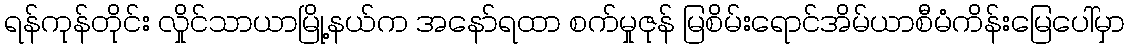
ရန်ကုန်တိုင်း လှိုင်သာယာမြို့နယ်က အနော်ရထာ စက်မှုဇုန် မြစိမ်းရောင်အိမ်ယာစီမံကိန်းမြေပေါ်မှာ